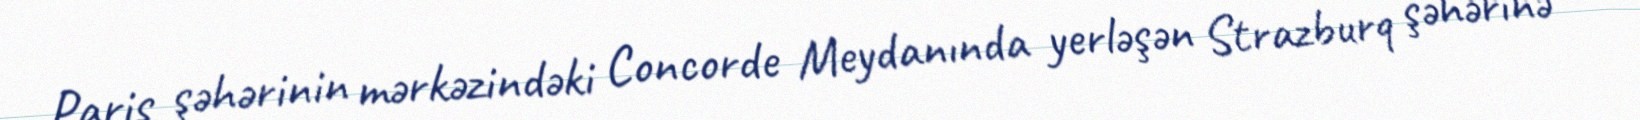
Paris şəhərinin mərkəzindəki Concorde Meydanında yerləşən Strazburq şəhərinə